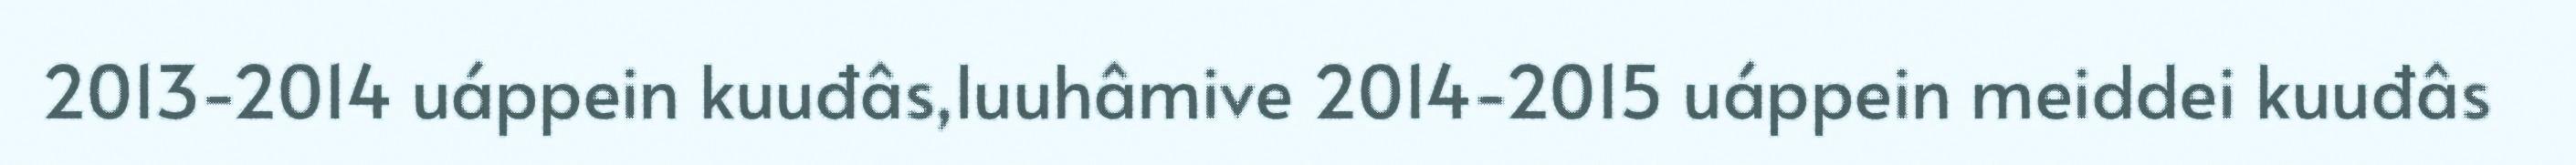
2013-2014 uáppein kuuđâs,luuhâmive 2014-2015 uáppein meiddei kuuđâs